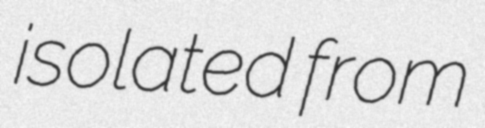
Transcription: isolated from